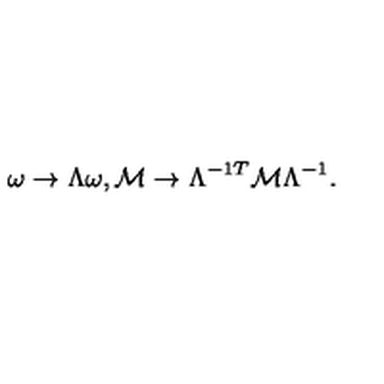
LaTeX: \omega \rightarrow \Lambda \omega , { \cal M } \rightarrow \Lambda ^ { - 1 T } { \cal M } \Lambda ^ { - 1 } .